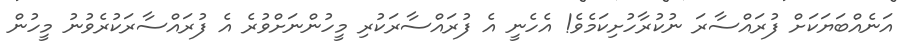
އަނެއްބަޔަކަށް ފުރައްސާރަ ނުކުރާހުށިކަމެވެ! އެހެނީ އެ ފުރައްސާރަކުރި މީހުންނަށްވުރެ އެ ފުރައްސާރަކުރެވުނު މީހުން